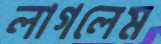
লাগলেম